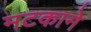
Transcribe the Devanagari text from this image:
मटकाने